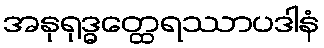
အနုရုဒ္ဓတ္ထေရဿာပဒါနံ